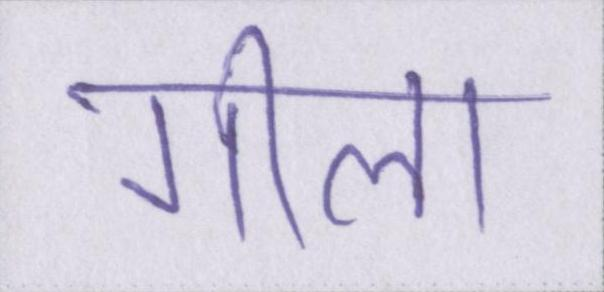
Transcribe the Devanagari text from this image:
गीला